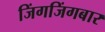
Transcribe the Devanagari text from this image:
जिंगजिंगबार